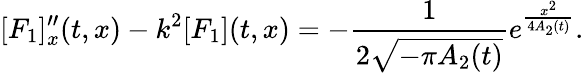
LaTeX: [F_{1}]_{x}^{\prime\prime}(t,x)-k^{2}[F_{1}](t,x)=-\frac{1}{2\sqrt{-\pi A_{2}(t)}}e^{\frac{x^{2}}{4A_{2}(t)}}.